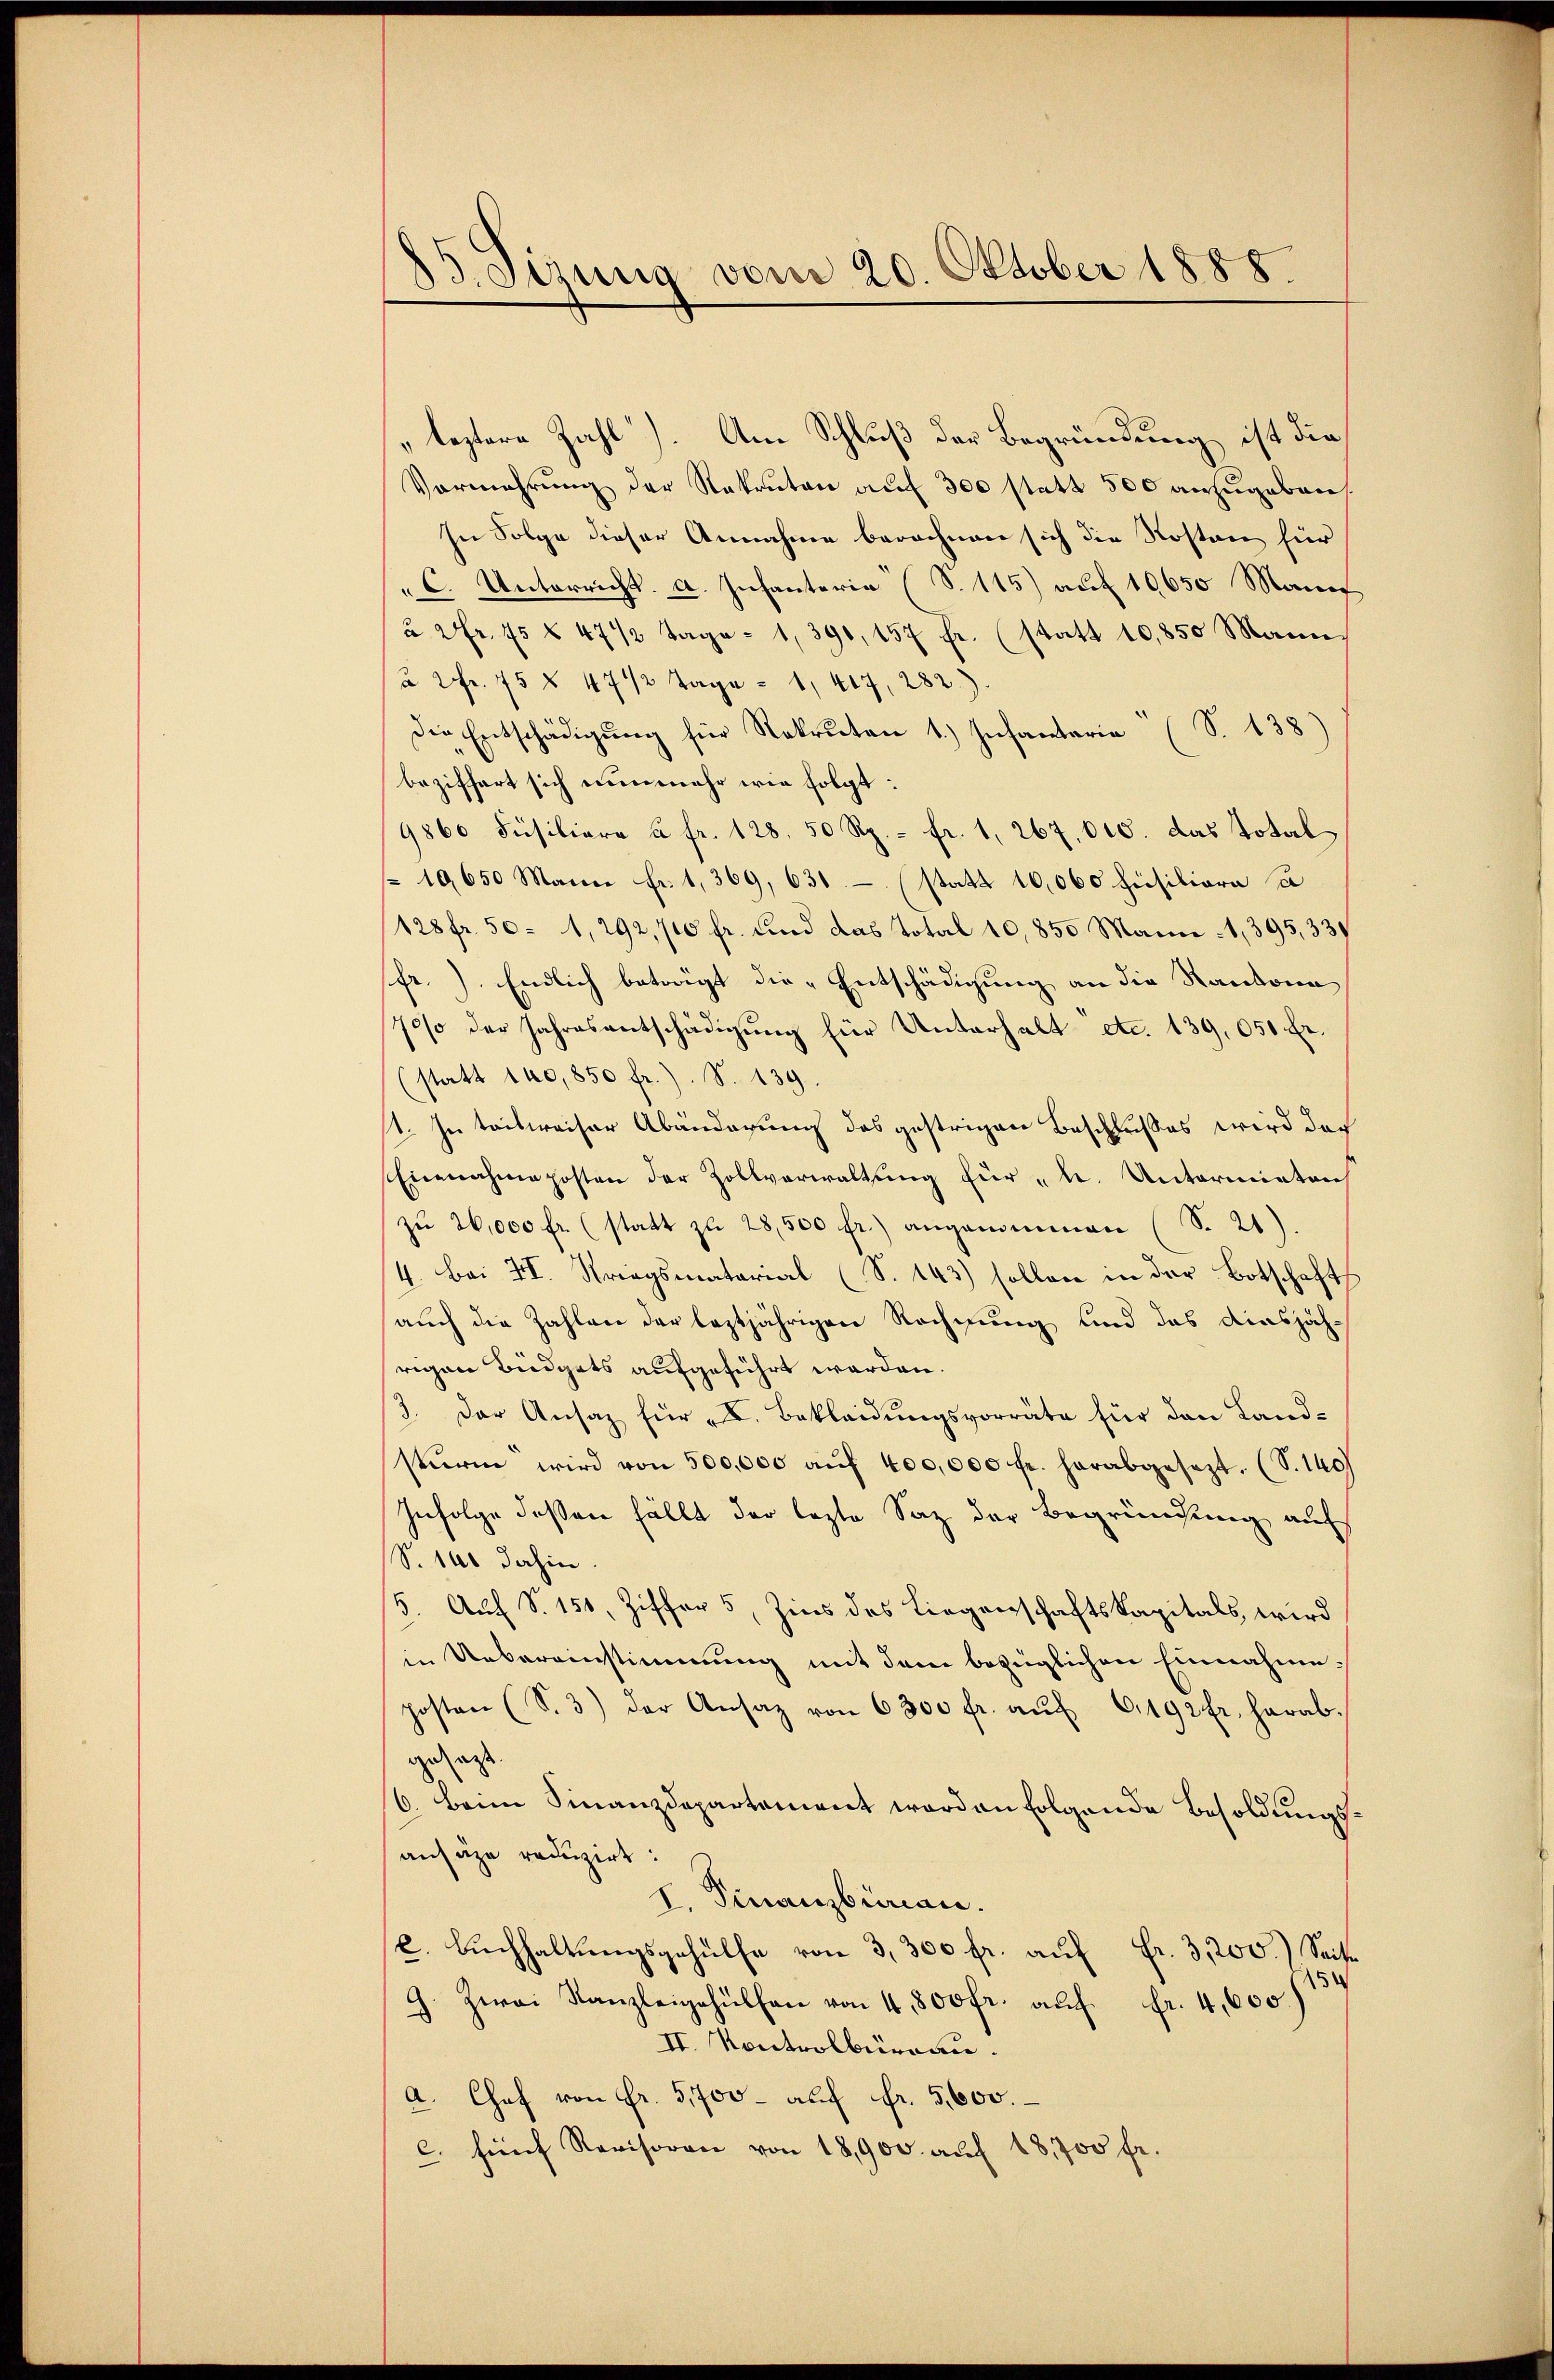
15. Sizung vom 20. Oktober 1888.

leztere Zahl). Am Schluß der Begründung ist die
Vermehrung der Rekruten auf 300 statt 500 anzugeben
In Folge dieser Annahme berechnen sich die Kosten für
"C. Unterricht. a. Infanteria (S. 115) auf 10650 Mann
à 2fr. 75 § 47 1/2 Tage = 1, 390, 157 fr. (statt 10,850 Mann
à 2fr. 75 § 47 1/2 Tage = 1, 417, 282.)
Die Entschädigŭng für Rekruten 1.) Infantaria (S. 138)
beziffert sich nunmehr wie folgt:
9860 Füsiliare à fr. 128. 50 Rp. fr. 1, 267,000. das Total
 10650 Mann fr. 1, 369, 631 (statt 16,000 hiesiliare a
128 fr. 50 = 1,292,700 fr. und das Total 10,850 Mann : 1,395, 337
fr.). Endlich betragt die Entschädigung an die Kantona
70% der Jahresentschädigung für Unterhalt etc. 139,050 Fr.
(statt 140,850 fr.). S. 139.
11. In teilweiser Abänderung des gestrigen Beschlußes wird doch
Einnahme posten der Zollverwaltung für k. Untermieten
zŭ 26,000 fr. (statt zu 28,500 fr.) angenommen (S. 21)
/4. Bei II. Striegsmatorial (S. 143) sollen in der Botschaft
auch die Zahlen der leztjährigen Rechnung und das diesjährigen Büdgets aufgeführt werden.
/3. Der Ansatz für u. Bekleidungsvorräte für den Landstŭrm wird von 500,000 aŭf 400,000 fr. herabgesezt. (S. 140
Infolge deßen fällt der lezte Saz der Begründung auf
S. 140 dahin.
/5. Auf S. 151, Ziffer 5, Zins des Liegenschaftskapitals, wird
in Uebereinstimmung mit dem bezüglichen Einnahmeposten (S. 3) der Ansaz von 6300 fr. aŭf 6192 fr. herab-
gesagt.
6. beim Finanzdepartement worden folgende Besoldungsansähe reduzirt:
l. Finanzburian.
c. Bŭchhaltŭngsgehülfe von 3,300 fr. aŭf Fr. 3,200.) Seite
5
G. Zwai Kanzleigehülfen von 4,800 fr. aŭf
fr. 4,600.
II. Kontrolbureau.
A. Chef von Fr. 5,700 - auf Fr. 5,600.
c. fünf Revisoren von 18,900. aŭf 18,700 fr.